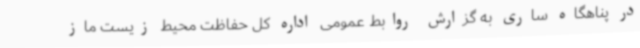
در پناهگاه ساری به گزارش روابط عمومی اداره کل حفاظت محیط زیست ماز